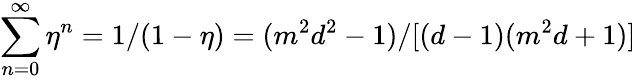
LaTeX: \sum_{n=0}^{\infty}\eta^{n}=1/(1-\eta)\stackrel{}{=}(m^{2}d^{2}-1)/[(d-1)(m^{2}d+1)]